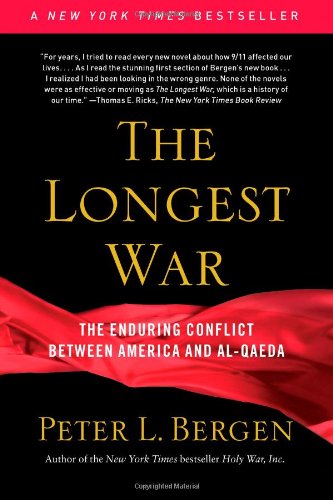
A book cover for The Longest War: The Enduring Conflict between America and Al-Qaeda; Peter L. Bergen; History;